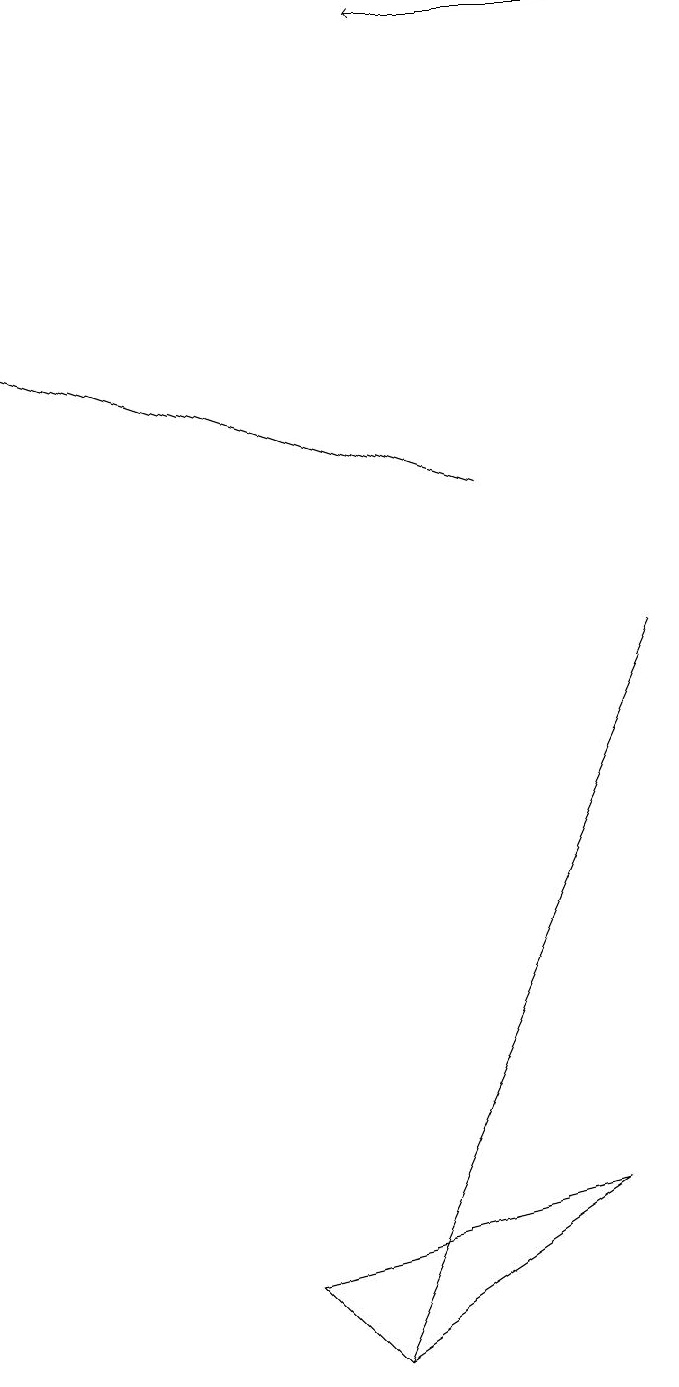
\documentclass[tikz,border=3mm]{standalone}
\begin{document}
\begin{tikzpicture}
\draw (8,9) -- (4,0) -- (8,9) -- cycle;
\draw[->] (8,17) -- (5,17);
\draw (3,1) -- (4,0) -- (7,2) -- cycle;
\draw[->] (6,11) -- (0,13);
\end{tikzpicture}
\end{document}